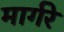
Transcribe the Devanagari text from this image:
मार्गरे